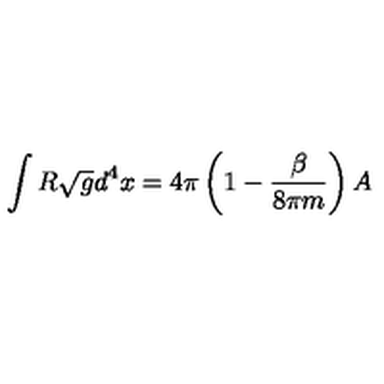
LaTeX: \int R \sqrt { g } d ^ { 4 } x = 4 \pi \left( 1 - { \frac { \beta } { 8 \pi m } } \right) A